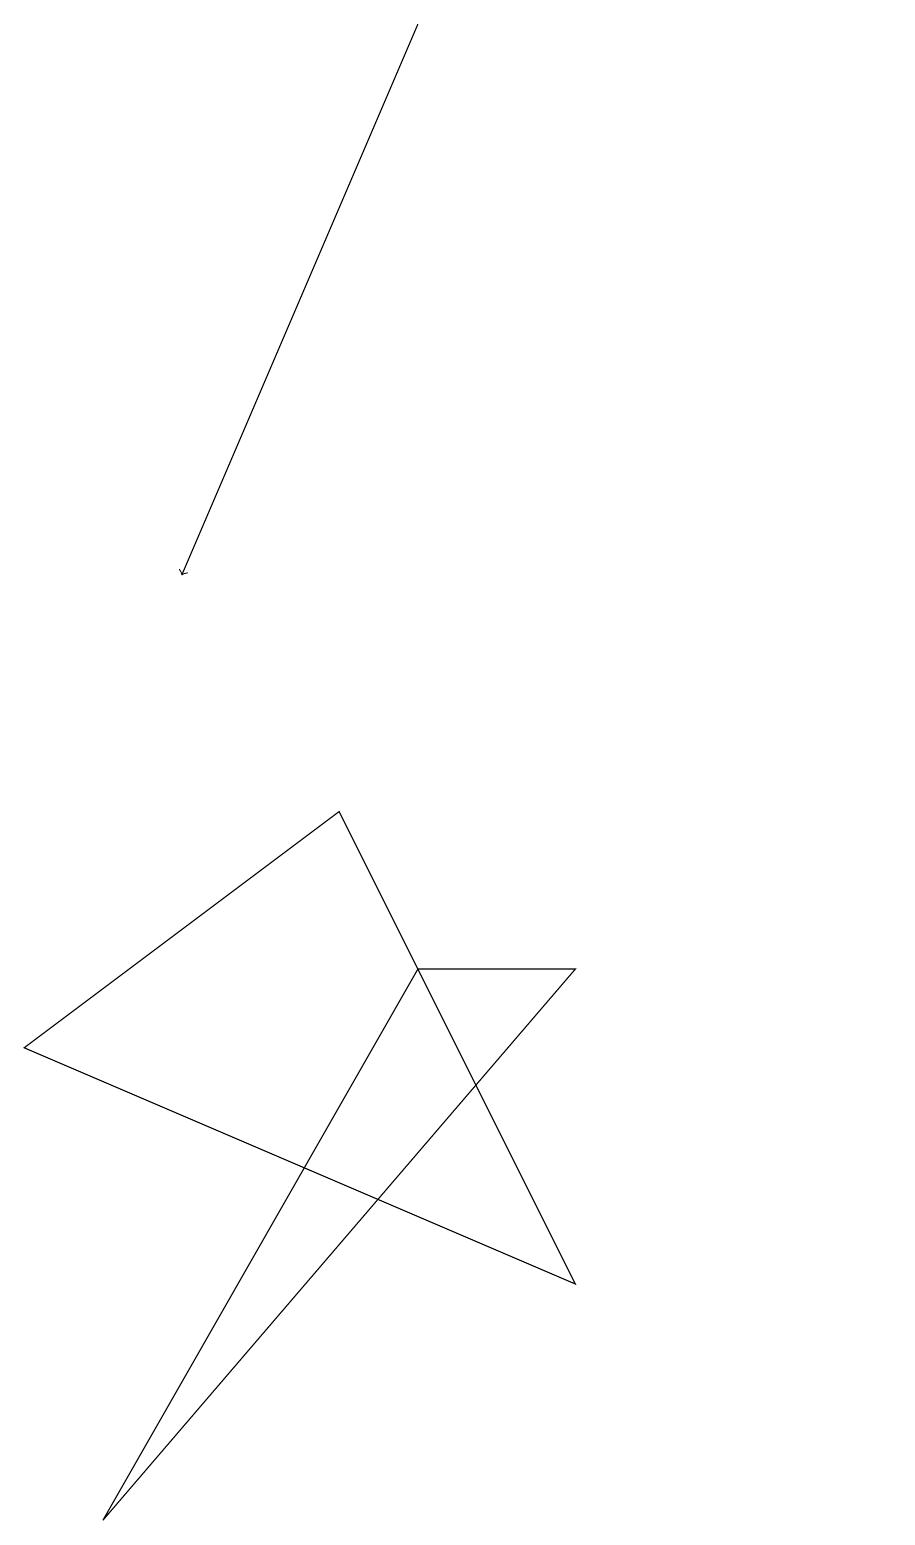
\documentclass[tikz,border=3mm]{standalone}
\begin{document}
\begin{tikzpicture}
\draw[->] (6,19) -- (3,12);
\draw (5,9) -- (8,3) -- (1,6) -- cycle;
\draw (12,10) circle (0);
\draw (8,7) -- (2,0) -- (6,7) -- cycle;
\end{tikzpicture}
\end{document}